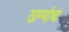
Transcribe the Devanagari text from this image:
ठाण्यांचा